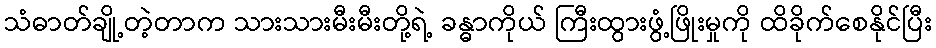
သံဓာတ်ချို့တဲ့တာက သားသားမီးမီးတို့ရဲ့ ခန္ဓာကိုယ် ကြီးထွားဖွံ့ဖြိုးမှုကို ထိခိုက်စေနိုင်ပြီး